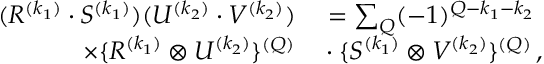
\begin{array} { r l } { ( R ^ { ( k _ { 1 } ) } \cdot S ^ { ( k _ { 1 } ) } ) ( U ^ { ( k _ { 2 } ) } \cdot { V ^ { ( k _ { 2 } ) } } ) } & { { } = \sum _ { Q } ( - 1 ) ^ { Q - k _ { 1 } - k _ { 2 } } } \\ { \times \{ R ^ { ( k _ { 1 } ) } \otimes U ^ { ( k _ { 2 } ) } \} ^ { ( Q ) } } & { { } \cdot { \{ S ^ { ( k _ { 1 } ) } \otimes V ^ { ( k _ { 2 } ) } } \} ^ { ( Q ) } \, , } \end{array}